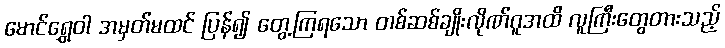
မောင်ရွှေဝါ အမှတ်မထင် ပြန်၍ တွေ့ကြရသော တစ်ဆစ်ချိုးလိုဏ်ဂူအထိ လူကြီးတွေတားသည့်